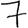
Digit: 7